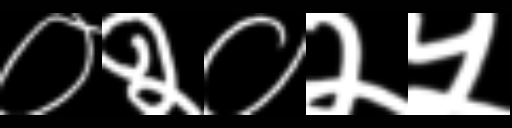
Text: ०२०२५